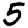
Digit: 5